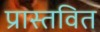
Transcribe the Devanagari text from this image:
प्रास्तवित